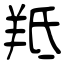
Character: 羝